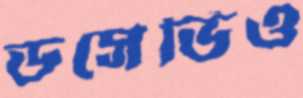
ডসেভিও